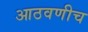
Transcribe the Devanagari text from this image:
आठवणीच